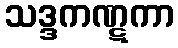
သဒ္ဒကဏ္ဋကာ